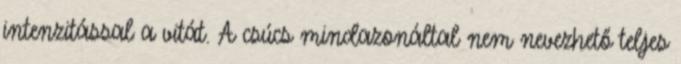
intenzitással a vitát. A csúcs mindazonáltal nem nevezhető teljes